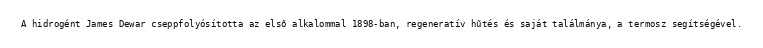
A hidrogént James Dewar cseppfolyósította az első alkalommal 1898-ban, regeneratív hűtés és saját találmánya, a termosz segítségével.